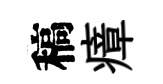
稿瘴